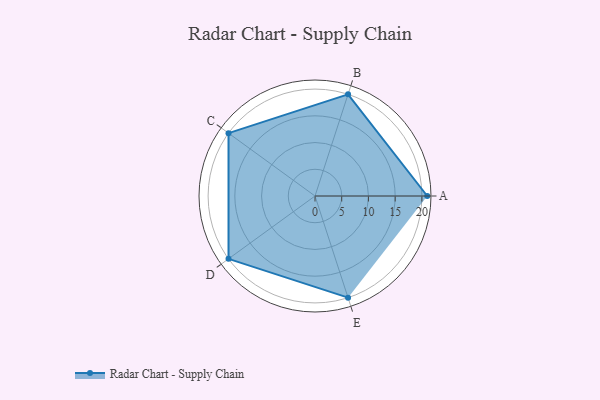
{"axis": {"x": "Skill", "y": "Score"}, "legend": ["Profile"], "data": [{"x": "A", "y": 21.0, "type": "Profile"}, {"x": "B", "y": 20.0, "type": "Profile"}, {"x": "C", "y": 20, "type": "Profile"}, {"x": "D", "y": 20, "type": "Profile"}, {"x": "E", "y": 20, "type": "Profile"}]}